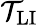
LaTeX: \mathcal{T}_{\textrm{LI}}